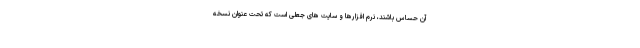
آن حساس باشند، نرم افزارها و سایت های جعلی است که تحت عنوان نسخه